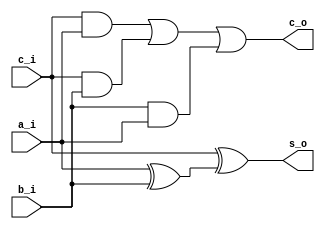
/*
	ENCABEZADO
*/


module fulladder (

	input a_i,
	input b_i,
	input c_i,
	
	output c_o,
	output s_o

);

	//XOR Gate
	wire axorb_w;
	
	assign axorb_w = a_i ^ b_i;
	//AND Gates
	wire canda_w;
	wire candb_w;
	wire banda_w;
	assign canda_w = c_i & a_i;
	assign candb_w = c_i & b_i;
	assign banda_w = b_i & a_i;
	
	//Resultado de la suma
	assign s_o = c_i ^ axorb_w;
	//Acarreo de salida
	assign c_o = canda_w | candb_w | banda_w;
	
endmodule